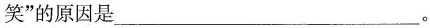
笑”的原因是________。